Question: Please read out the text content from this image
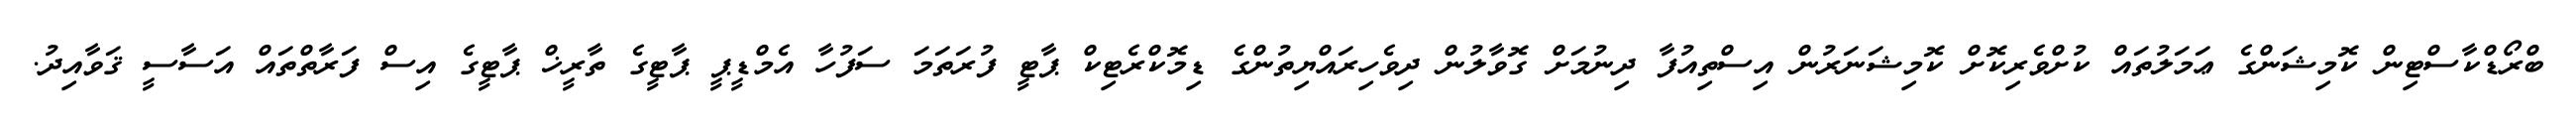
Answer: ބްރޯޑްކާސްޓިން ކޮމިޝަންގެ ޢަމަލުތައް ކުށްވެރިކޮށް ކޮމިޝަނަރުން އިސްތިއުފާ ދިނުމަށް ގޮވާލުން ދިވެހިރައްޔިތުންގެ ޑިމޮކްރެޓިކް ޕާޓީ ފުރަތަމަ ސަފުހާ އެމްޑީޕީ ޕާޓީގެ ތާރީޚް ޕާޓީގެ އިސް ފަރާތްތައް އަސާސީ ޤަވާއިދު.